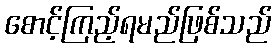
စောင့်ကြည့်ရမည်ဖြစ်သည်